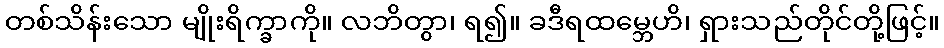
တစ်သိန်းသော မျိုးရိက္ခာကို။ လဘိတွာ၊ ရ၍။ ခဒီရထမ္ဘေဟိ၊ ရှားသည်တိုင်တို့ဖြင့်။